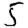
Digit: 5